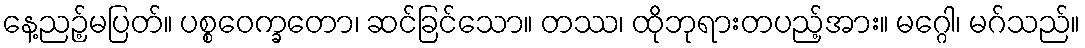
နေ့ညဉ့်မပြတ်။ ပစ္စဝေက္ခတော၊ ဆင်ခြင်သော။ တဿ၊ ထိုဘုရားတပည့်အား။ မဂ္ဂေါ၊ မဂ်သည်။